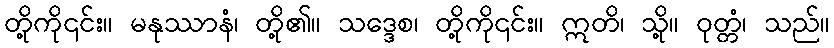
တို့ကို၎င်း။ မနုဿာနံ၊ တို့၏။ သဒ္ဒေစ၊ တို့ကို၎င်း။ ဣတိ၊ သို့။ ဝုတ္တံ၊ သည်။